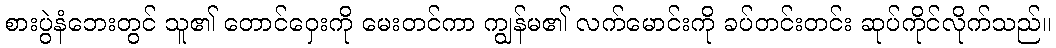
စားပွဲနံဘေးတွင် သူ၏ တောင်ဝှေးကို မေးတင်ကာ ကျွန်မ၏ လက်မောင်းကို ခပ်တင်းတင်း ဆုပ်ကိုင်လိုက်သည်။